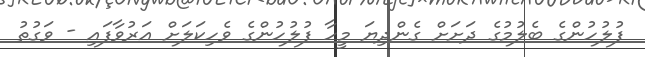
ފުލުހުންގެ ބެލުމުގެ ދަށަށް ގެންދިޔަ މީހާ ފުލުހުންގެ ވެހިކަލަށް އަރުވާފައި - ވަގުތު